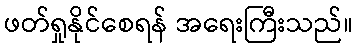
ဖတ်ရှုနိုင်စေရန် အရေးကြီးသည်။